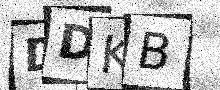
Text: DDKB